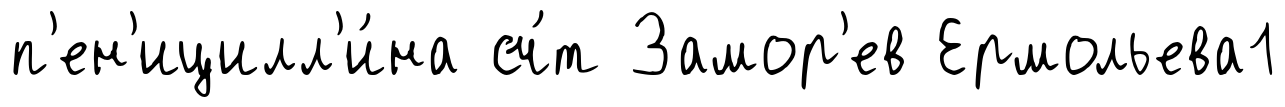
п'ен'ицилл'и́на сч́т Замор'ев Ермольева1